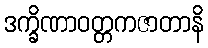
ဒက္ခိဏာဝတ္တကဇာတာနိ